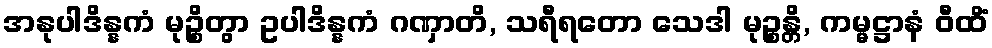
အနုပါဒိန္နကံ မုဉ္စိတွာ ဥပါဒိန္နကံ ဂဏှာတိ, သရီရတော သေဒါ မုဉ္စန္တိ, ကမ္မဋ္ဌာနံ ဝီထိံ